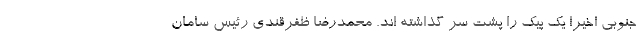
جنوبی اخیراً یک پیک را پشت سر گذاشته اند. محمدرضا ظفرقندی رئیس سامان